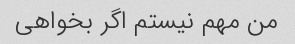
من مهم نیستم اگر بخواهی